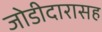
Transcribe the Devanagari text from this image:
जोडीदारासह